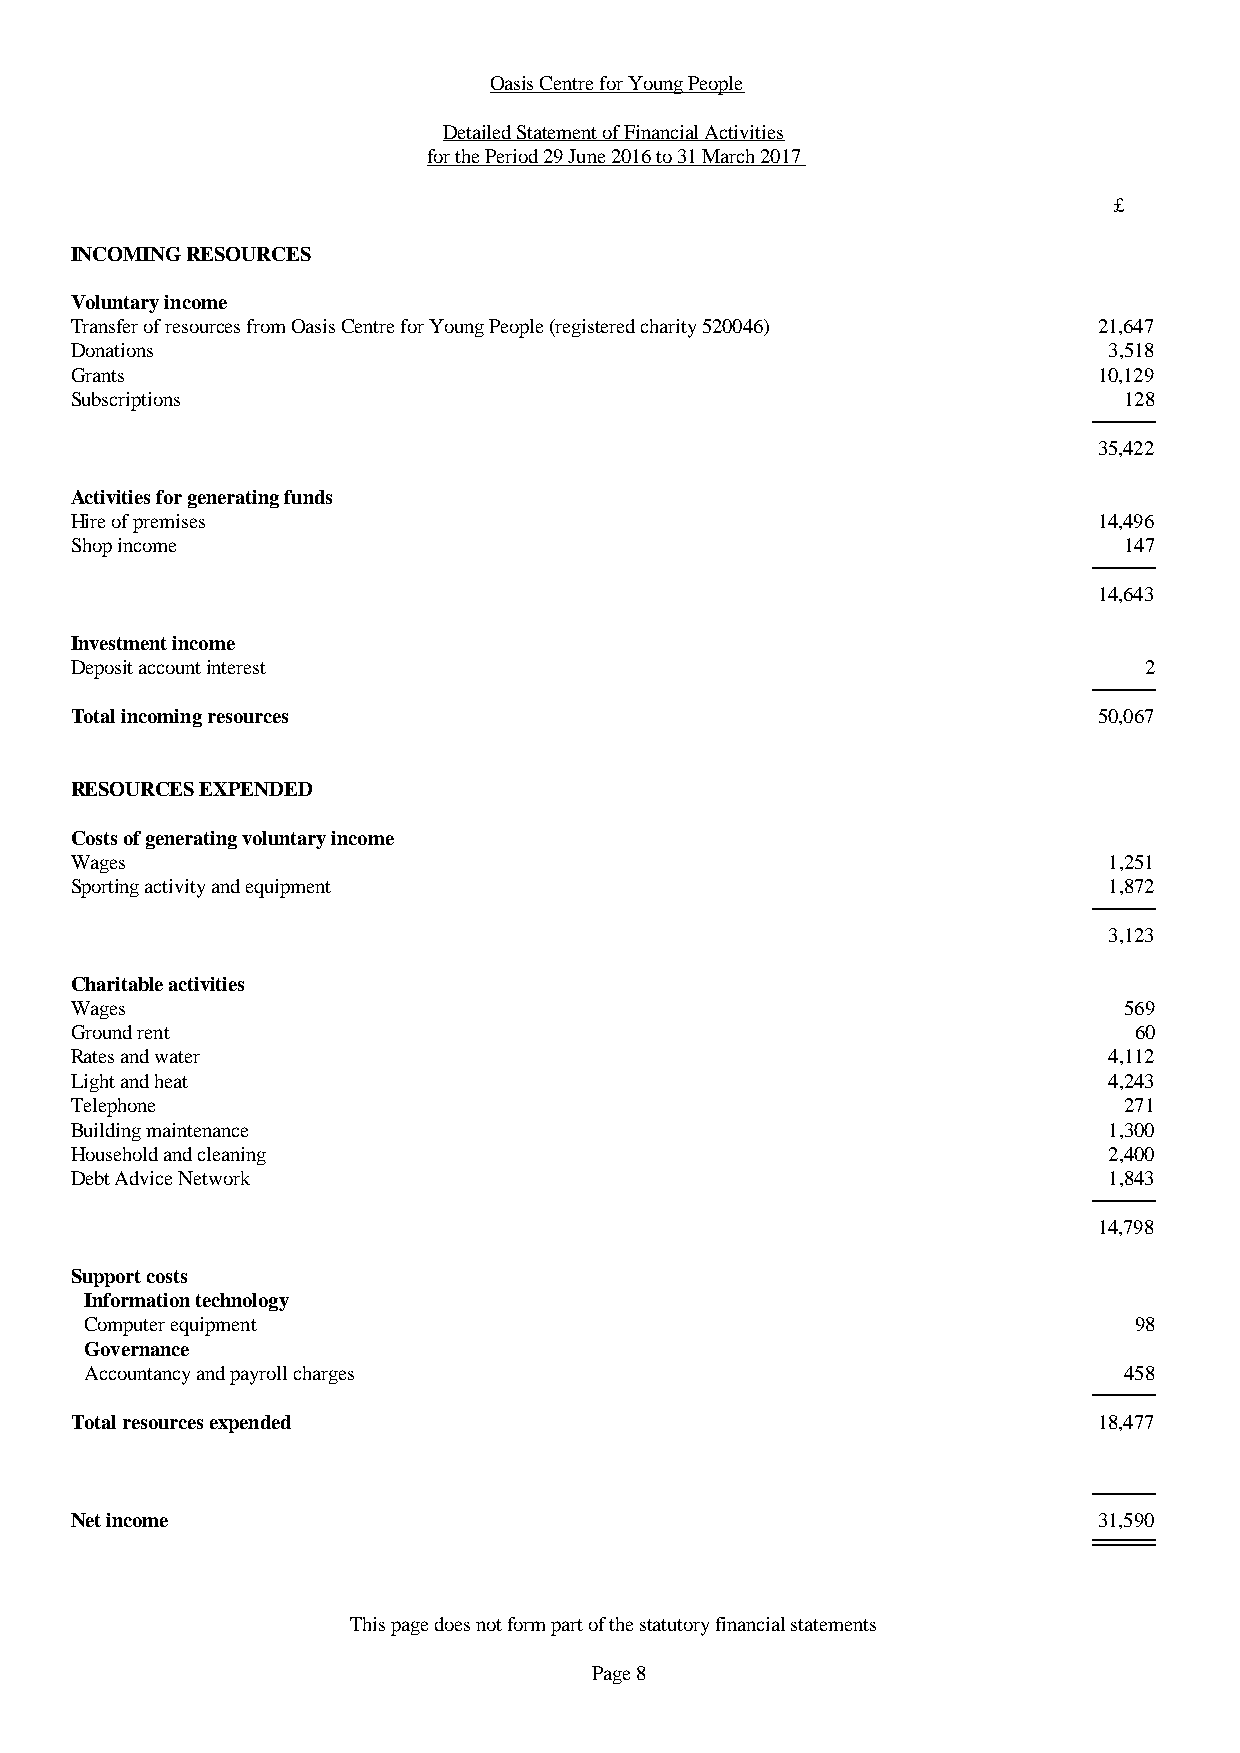
Oasis Centre for Young People
 Detailed Statement of Financial Activities
 for the Period 29 June 2016 to 31 March 2017
 £
 INCOMING RESOURCES
 Voluntary income
 Transfer of resources from Oasis Centre for Young People (registered charity 520046) 21,647
 Donations                                                           3,518
 Grants                                                              10,129
 Subscriptions                                                        128
 35,422
 Activities for generating funds
 Hire of premises                                                    14,496
 Shop income                                                          147
 14,643
 Investment income
 Deposit account interest                                               2
 Total incoming resources                                            50,067
 RESOURCES EXPENDED
 Costs of generating voluntary income
 Wages                                                               1,251
 Sporting activity and equipment                                     1,872
 3,123
 Charitable activities
 Wages                                                                569
 Ground rent                                                           60
 Rates and water                                                     4,112
 Light and heat                                                      4,243
 Telephone                                                            271
 Building maintenance                                                1,300
 Household and cleaning                                              2,400
 Debt Advice Network                                                 1,843
 14,798
 Support costs
 Information technology
 Computer equipment                                                   98
 Governance
 Accountancy and payroll charges                                     458
 Total resources expended                                            18,477
 Net income                                                          31,590
 This page does not form part of the statutory financial statements
 Page 8